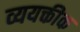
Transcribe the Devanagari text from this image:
व्ययक्तीक